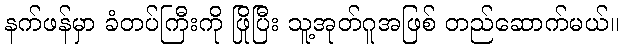
နက်ဖန်မှာ ခံတပ်ကြီးကို ဖြိုပြီး သူ့အုတ်ဂူအဖြစ် တည်ဆောက်မယ်။